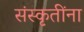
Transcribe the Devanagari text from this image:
संस्कृतींना